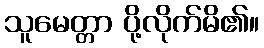
သူမေတ္တာ ပို့လိုက်မိ၏။